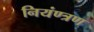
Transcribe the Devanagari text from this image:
नियंण्त्रण